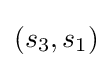
(s_{3},s_{1})